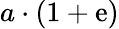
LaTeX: a\cdot(1+\mathrm{e})